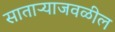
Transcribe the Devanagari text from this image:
साताऱ्याजवळील